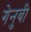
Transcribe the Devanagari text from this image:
गेनुबी